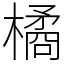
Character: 橘